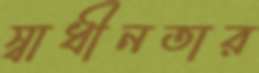
স্বাধীনতার